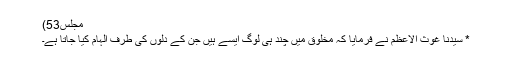
مجلس53)
* سیّدنا غوث الاعظمؓ نے فرمایا کہ مخلوق میں چند ہی لوگ ایسے ہیں جن کے دلوں کی طرف الہام کیا جاتا ہے۔